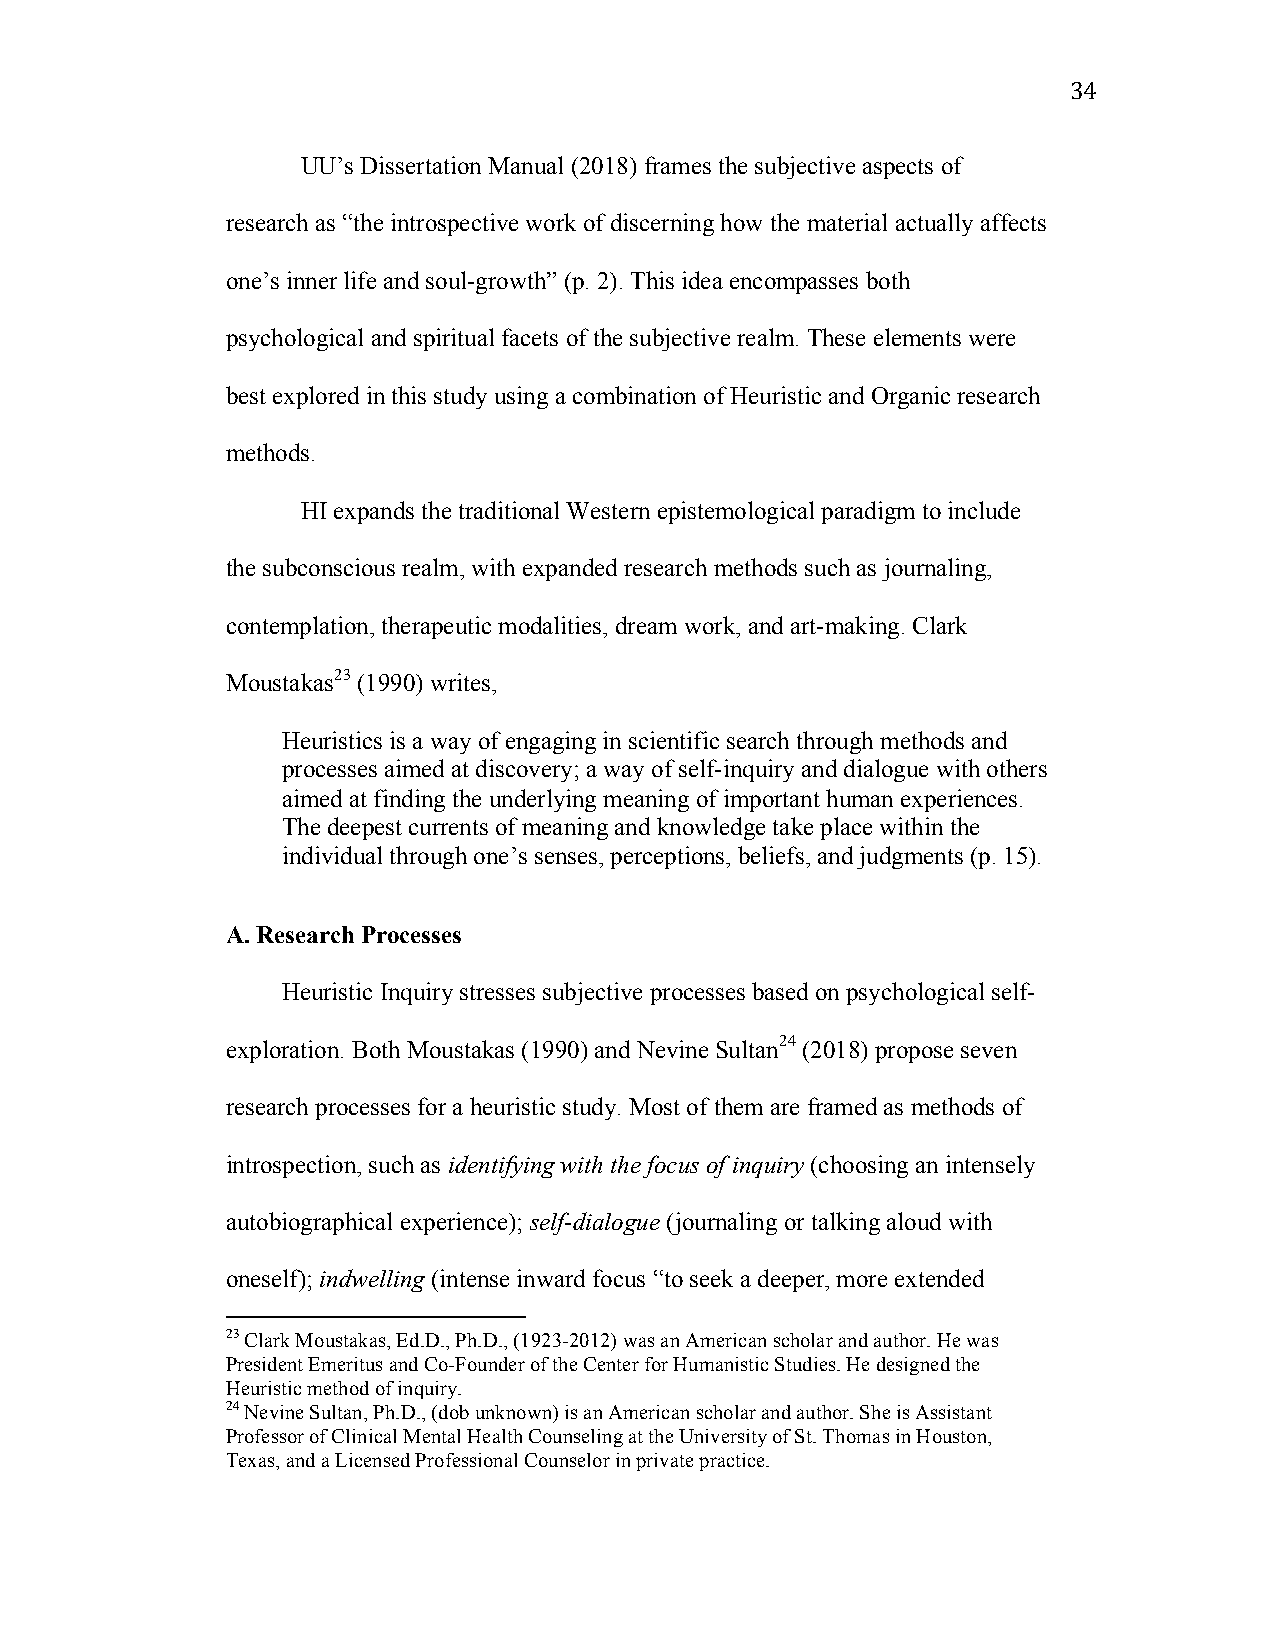
34
 UU’s Dissertation Manual (2018) frames the subjective aspects of
 research as “the introspective work of discerning how the material actually affects
 one’s inner life and soul-growth” (p. 2). This idea encompasses both
 psychological and spiritual facets of the subjective realm. These elements were
 best explored in this study using a combination of Heuristic and Organic research
 methods.
 HI expands the traditional Western epistemological paradigm to include
 the subconscious realm, with expanded research methods such as journaling,
 contemplation, therapeutic modalities, dream work, and art-making. Clark
 Moustakas23 (1990) writes,
 Heuristics is a way of engaging in scientific search through methods and
 processes aimed at discovery; a way of self-inquiry and dialogue with others
 aimed at finding the underlying meaning of important human experiences.
 The deepest currents of meaning and knowledge take place within the
 individual through one’s senses, perceptions, beliefs, and judgments (p. 15).
 A. Research Processes
 Heuristic Inquiry stresses subjective processes based on psychological self-
 exploration. Both Moustakas (1990) and Nevine Sultan24 (2018) propose seven
 research processes for a heuristic study. Most of them are framed as methods of
 introspection, such as identifying with the focus of inquiry (choosing an intensely
 autobiographical experience); self-dialogue (journaling or talking aloud with
 oneself); indwelling (intense inward focus “to seek a deeper, more extended
 23 Clark Moustakas, Ed.D., Ph.D., (1923-2012) was an American scholar and author. He was
 President Emeritus and Co-Founder of the Center for Humanistic Studies. He designed the
 Heuristic method of inquiry.
 24 Nevine Sultan, Ph.D., (dob unknown) is an American scholar and author. She is Assistant
 Professor of Clinical Mental Health Counseling at the University of St. Thomas in Houston,
 Texas, and a Licensed Professional Counselor in private practice.